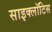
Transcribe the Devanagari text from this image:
साइक्लॉटिस